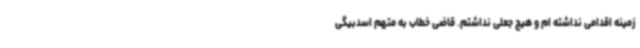
زمینه اقدامی نداشته ام و هیچ جعلی نداشتم. قاضی خطاب به متهم اسدبیگی